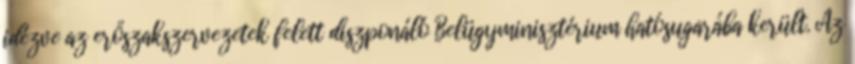
idézve az erőszakszervezetek felett diszponáló Belügyminisztérium hatósugarába került. Az